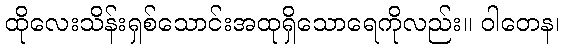
ထိုလေးသိန်းရှစ်သောင်းအထုရှိသောရေကိုလည်း။ ဝါတေန၊